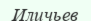
Иличьев